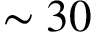
\sim 3 0